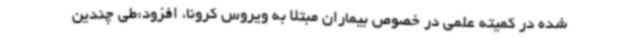
شده در کمیته علمی در خصوص بیماران مبتلا به ویروس کرونا، افزود:طی چندین